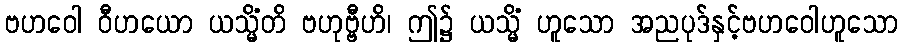
ဗဟဝေါ ဝီဟယော ယသ္မိံတိ ဗဟုဗ္ဗီဟိ၊ ဤ၌ ယသ္မိံ ဟူသော အညပုဒ်နှင့်ဗဟဝေါဟူသော